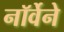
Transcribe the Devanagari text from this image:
नॉर्वेने